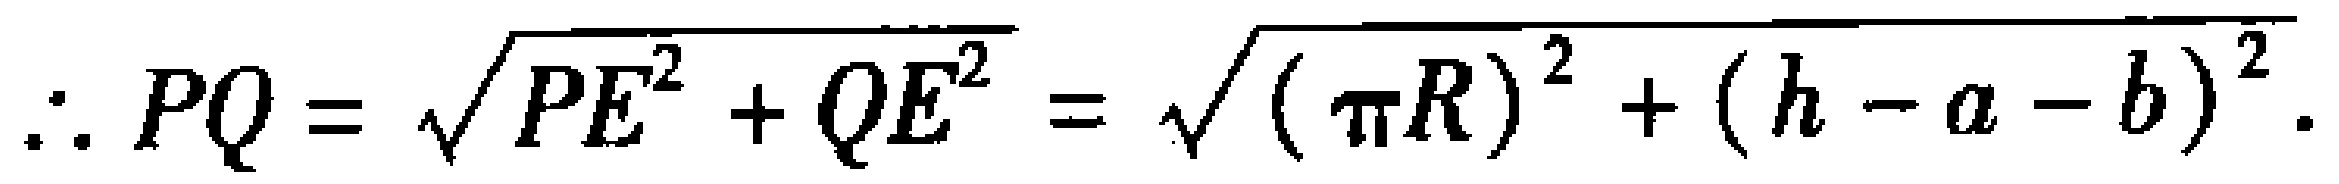
\(\therefore PQ = \sqrt{PE^{2} + QE^{2}} = \sqrt{(\pi R)^{2} + (h - a - b)^{2}}.\)